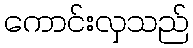
ကောင်းလှသည်